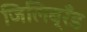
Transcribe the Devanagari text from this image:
जिलिब्रँड